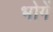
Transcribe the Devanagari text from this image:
भोगें